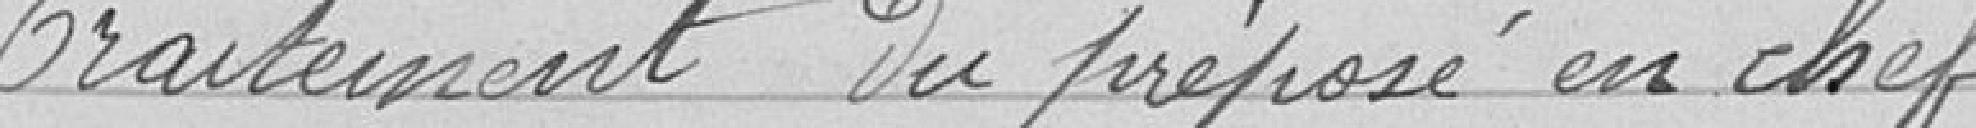
Le Conseil après en avoir délibéré.